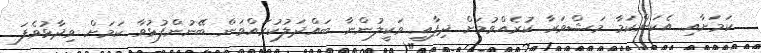
ކަމަށާއި އެކަންކަމާ މަޝްވަރާ ކުރެއްވުމަށް ދިފާއީ ވަކީލުންނާ ބައްދަލުކުރައްވަން ބޭނުންފުޅުވާ ކަމަށް ވިދާޅުވެފަ